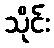
သိုင်း